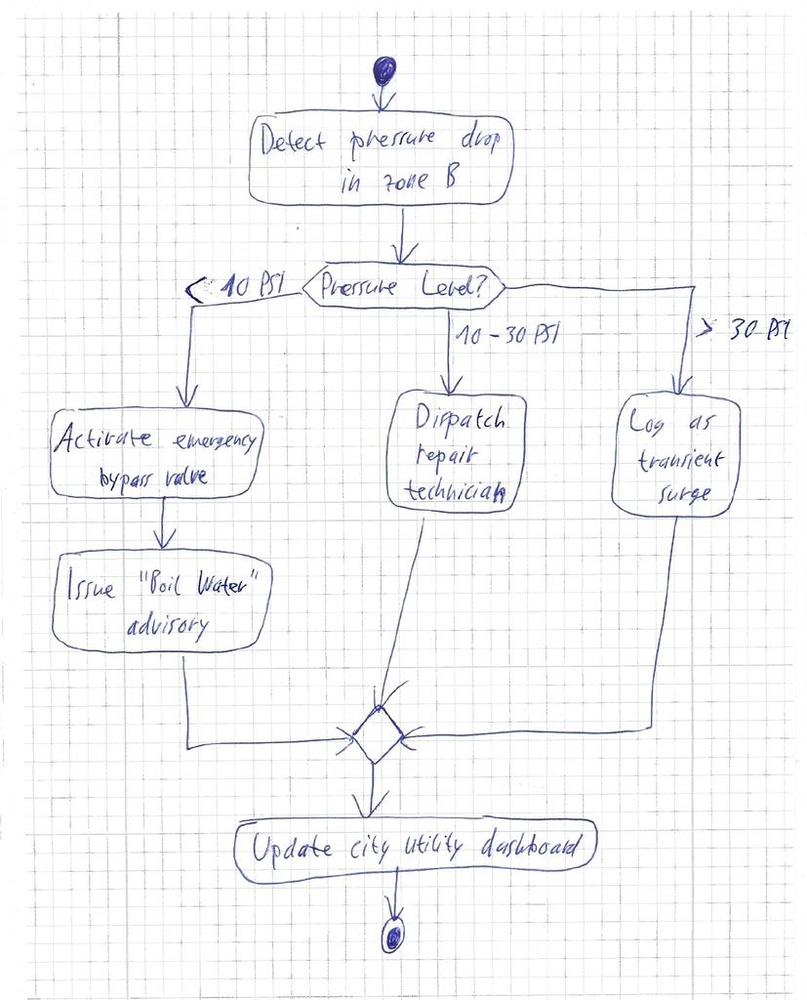
Diagram type: activity_diagram
```plantuml
@startuml

start

:Detect pressure drop in zone B;

switch (Pressure Level?)
case (< 10 PSI)
  :Activate emergency bypass valve;
  :Issue "Boil Water" advisory;
case (10 - 30 PSI)
  :Dispatch repair technician;
case (> 30 PSI)
  :Log as transient surge;
endswitch

:Update city utility dashboard;

stop

@enduml
```